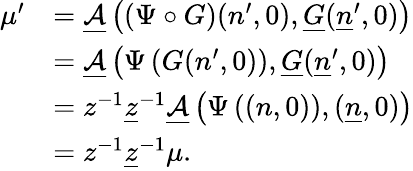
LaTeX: \begin{array}{rl}{\mu^{\prime}}&{=\underline{{\mathcal A}}\left(\left(\Psi\circ G\right)(n^{\prime},0),\underline{G}(\underline{n}^{\prime},0)\right)}\\ &{=\underline{{\mathcal A}}\left(\Psi\left(G(n^{\prime},0)\right),\underline{G}(\underline{n}^{\prime},0)\right)}\\ &{=z^{-1}\underline{z}^{-1}\underline{{\mathcal A}}\left(\Psi\left((n,0)\right),(\underline{n},0)\right)}\\ &{=z^{-1}\underline{z}^{-1}\mu.}\end{array}